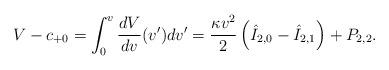
LaTeX: \begin{align*} V-c_{+0}=\int_0^v\frac{dV}{dv}(v')dv'=\frac{\kappa v^2}{2}\left(\hat{I}_{2,0}-\hat{I}_{2,1}\right)+P_{2,2}.\end{align*}